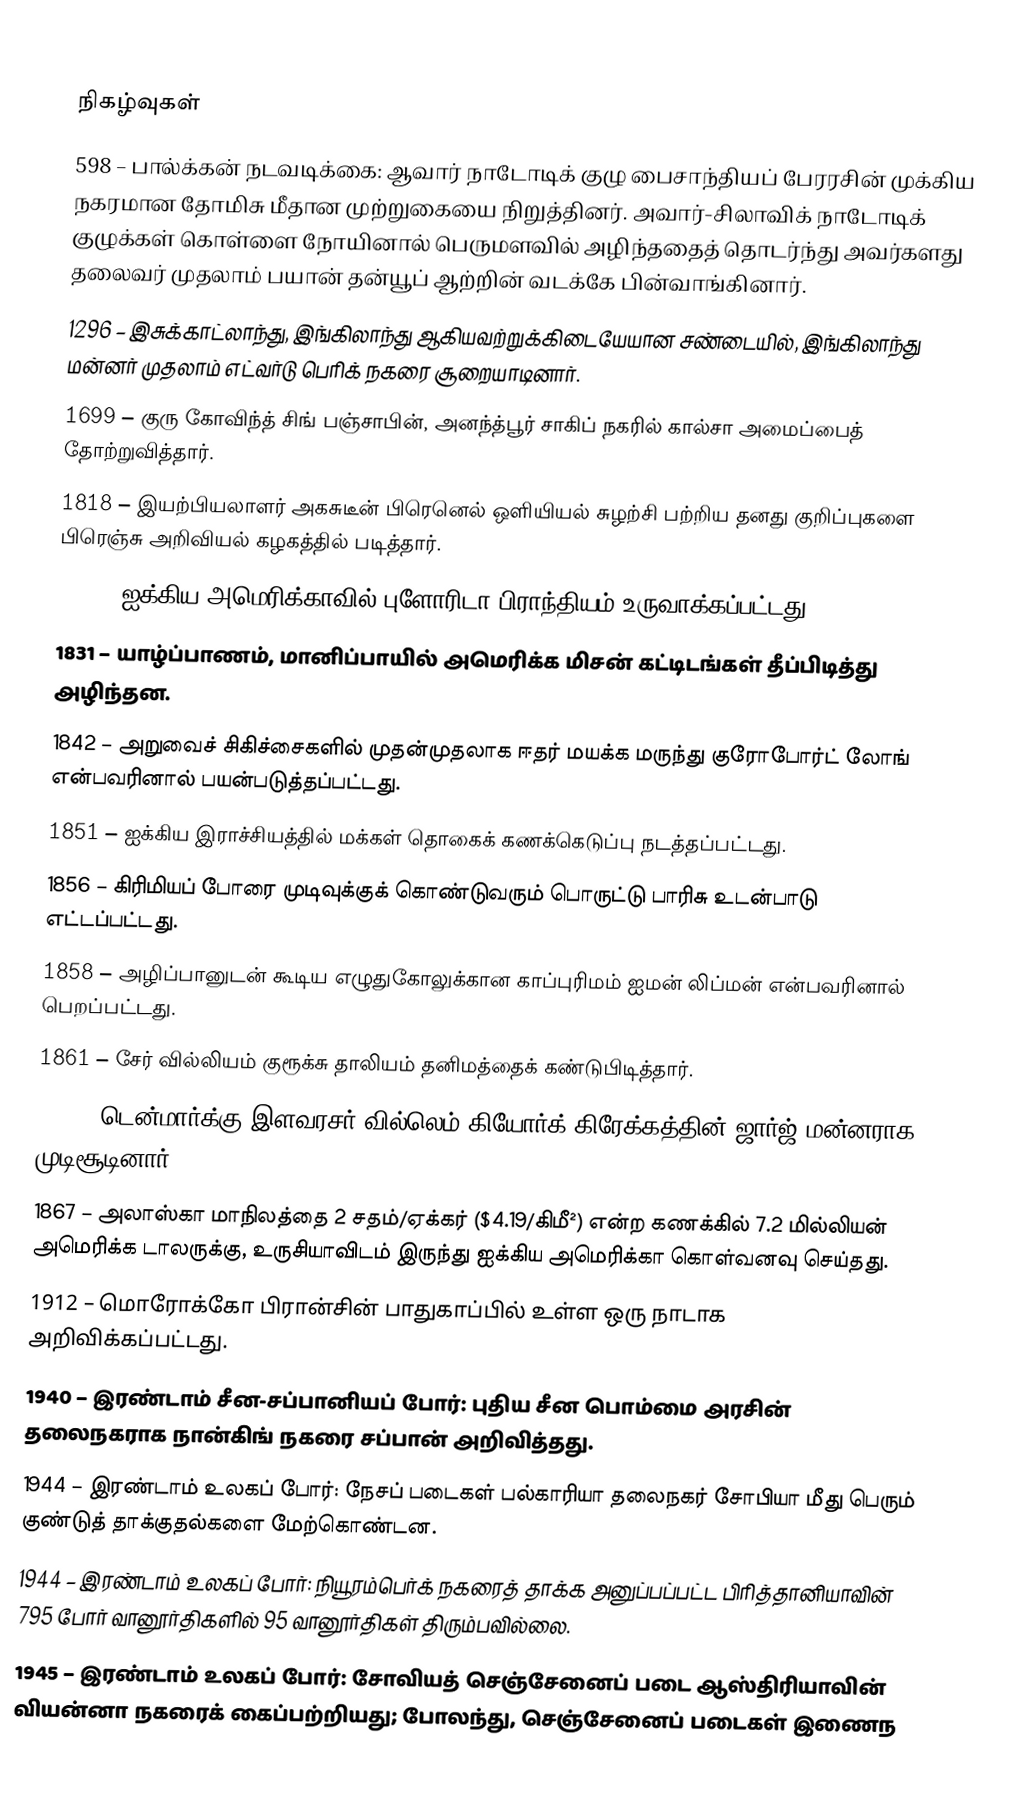

நிகழ்வுகள்
 598 – பால்க்கன் நடவடிக்கை: ஆவார் நாடோடிக் குழு பைசாந்தியப் பேரரசின் முக்கிய நகரமான தோமிசு மீதான முற்றுகையை நிறுத்தினர். அவார்-சிலாவிக் நாடோடிக் குழுக்கள் கொள்ளை நோயினால் பெருமளவில் அழிந்ததைத் தொடர்ந்து அவர்களது தலைவர் முதலாம் பயான் தன்யூப் ஆற்றின் வடக்கே பின்வாங்கினார்.
1296 – இசுக்காட்லாந்து, இங்கிலாந்து ஆகியவற்றுக்கிடையேயான சண்டையில், இங்கிலாந்து மன்னர் முதலாம் எட்வர்டு பெரிக் நகரை சூறையாடினார்.
1699 – குரு கோவிந்த் சிங் பஞ்சாபின், அனந்த்பூர் சாகிப் நகரில் கால்சா அமைப்பைத் தோற்றுவித்தார்.
1818 – இயற்பியலாளர் அகசுடீன் பிரெனெல் ஒளியியல் சுழற்சி பற்றிய தனது குறிப்புகளை பிரெஞ்சு அறிவியல் கழகத்தில் படித்தார்.
1822 – ஐக்கிய அமெரிக்காவில் புளோரிடா பிராந்தியம் உருவாக்கப்பட்டது.
1831 – யாழ்ப்பாணம், மானிப்பாயில் அமெரிக்க மிசன் கட்டிடங்கள் தீப்பிடித்து அழிந்தன.
1842 – அறுவைச் சிகிச்சைகளில் முதன்முதலாக ஈதர் மயக்க மருந்து குரோபோர்ட் லோங் என்பவரினால் பயன்படுத்தப்பட்டது.
1851 – ஐக்கிய இராச்சியத்தில் மக்கள் தொகைக் கணக்கெடுப்பு நடத்தப்பட்டது.
1856 – கிரிமியப் போரை முடிவுக்குக் கொண்டுவரும் பொருட்டு பாரிசு உடன்பாடு எட்டப்பட்டது.
1858 – அழிப்பானுடன் கூடிய எழுதுகோலுக்கான காப்புரிமம் ஐமன் லிப்மன் என்பவரினால் பெறப்பட்டது.
1861 – சேர் வில்லியம் குரூக்சு தாலியம் தனிமத்தைக் கண்டுபிடித்தார்.
1863 – டென்மார்க்கு இளவரசர் வில்லெம் கியோர்க் கிரேக்கத்தின் ஜார்ஜ் மன்னராக முடிசூடினார்.
1867 – அலாஸ்கா மாநிலத்தை 2 சதம்/ஏக்கர் ($4.19/கிமீ²) என்ற கணக்கில் 7.2 மில்லியன் அமெரிக்க டாலருக்கு, உருசியாவிடம் இருந்து ஐக்கிய அமெரிக்கா கொள்வனவு செய்தது.
1912 – மொரோக்கோ பிரான்சின் பாதுகாப்பில் உள்ள ஒரு நாடாக அறிவிக்கப்பட்டது.
1940 – இரண்டாம் சீன-சப்பானியப் போர்: புதிய சீன பொம்மை அரசின் தலைநகராக நான்கிங் நகரை சப்பான் அறிவித்தது.
1944 – இரண்டாம் உலகப் போர்: நேசப் படைகள் பல்காரியா தலைநகர் சோபியா மீது பெரும் குண்டுத் தாக்குதல்களை மேற்கொண்டன.
1944 – இரண்டாம் உலகப் போர்: நியூரம்பெர்க் நகரைத் தாக்க அனுப்பப்பட்ட பிரித்தானியாவின் 795 போர் வானூர்திகளில் 95 வானூர்திகள் திரும்பவில்லை.
1945 – இரண்டாம் உலகப் போர்: சோவியத் செஞ்சேனைப் படை ஆஸ்திரியாவின் வியன்னா நகரைக் கைப்பற்றியது; போலந்து, செஞ்சேனைப் படைகள் இணைந